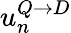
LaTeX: u_{n}^{Q\rightarrow D}